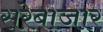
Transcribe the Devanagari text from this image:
सरेबाजार